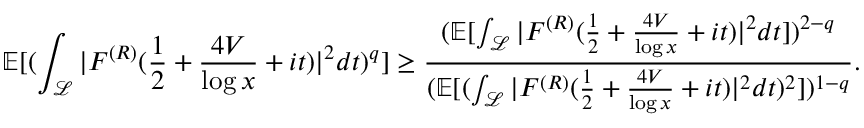
\mathbb E [ ( \int _ { \mathcal { L } } | F ^ { ( R ) } ( \frac { 1 } { 2 } + \frac { 4 V } { \log x } + i t ) | ^ { 2 } d t ) ^ { q } ] \ge \frac { ( \mathbb E [ \int _ { \mathcal { L } } | F ^ { ( R ) } ( \frac { 1 } { 2 } + \frac { 4 V } { \log x } + i t ) | ^ { 2 } d t ] ) ^ { 2 - q } } { ( \mathbb E [ ( \int _ { \mathcal { L } } | F ^ { ( R ) } ( \frac { 1 } { 2 } + \frac { 4 V } { \log x } + i t ) | ^ { 2 } d t ) ^ { 2 } ] ) ^ { 1 - q } } .